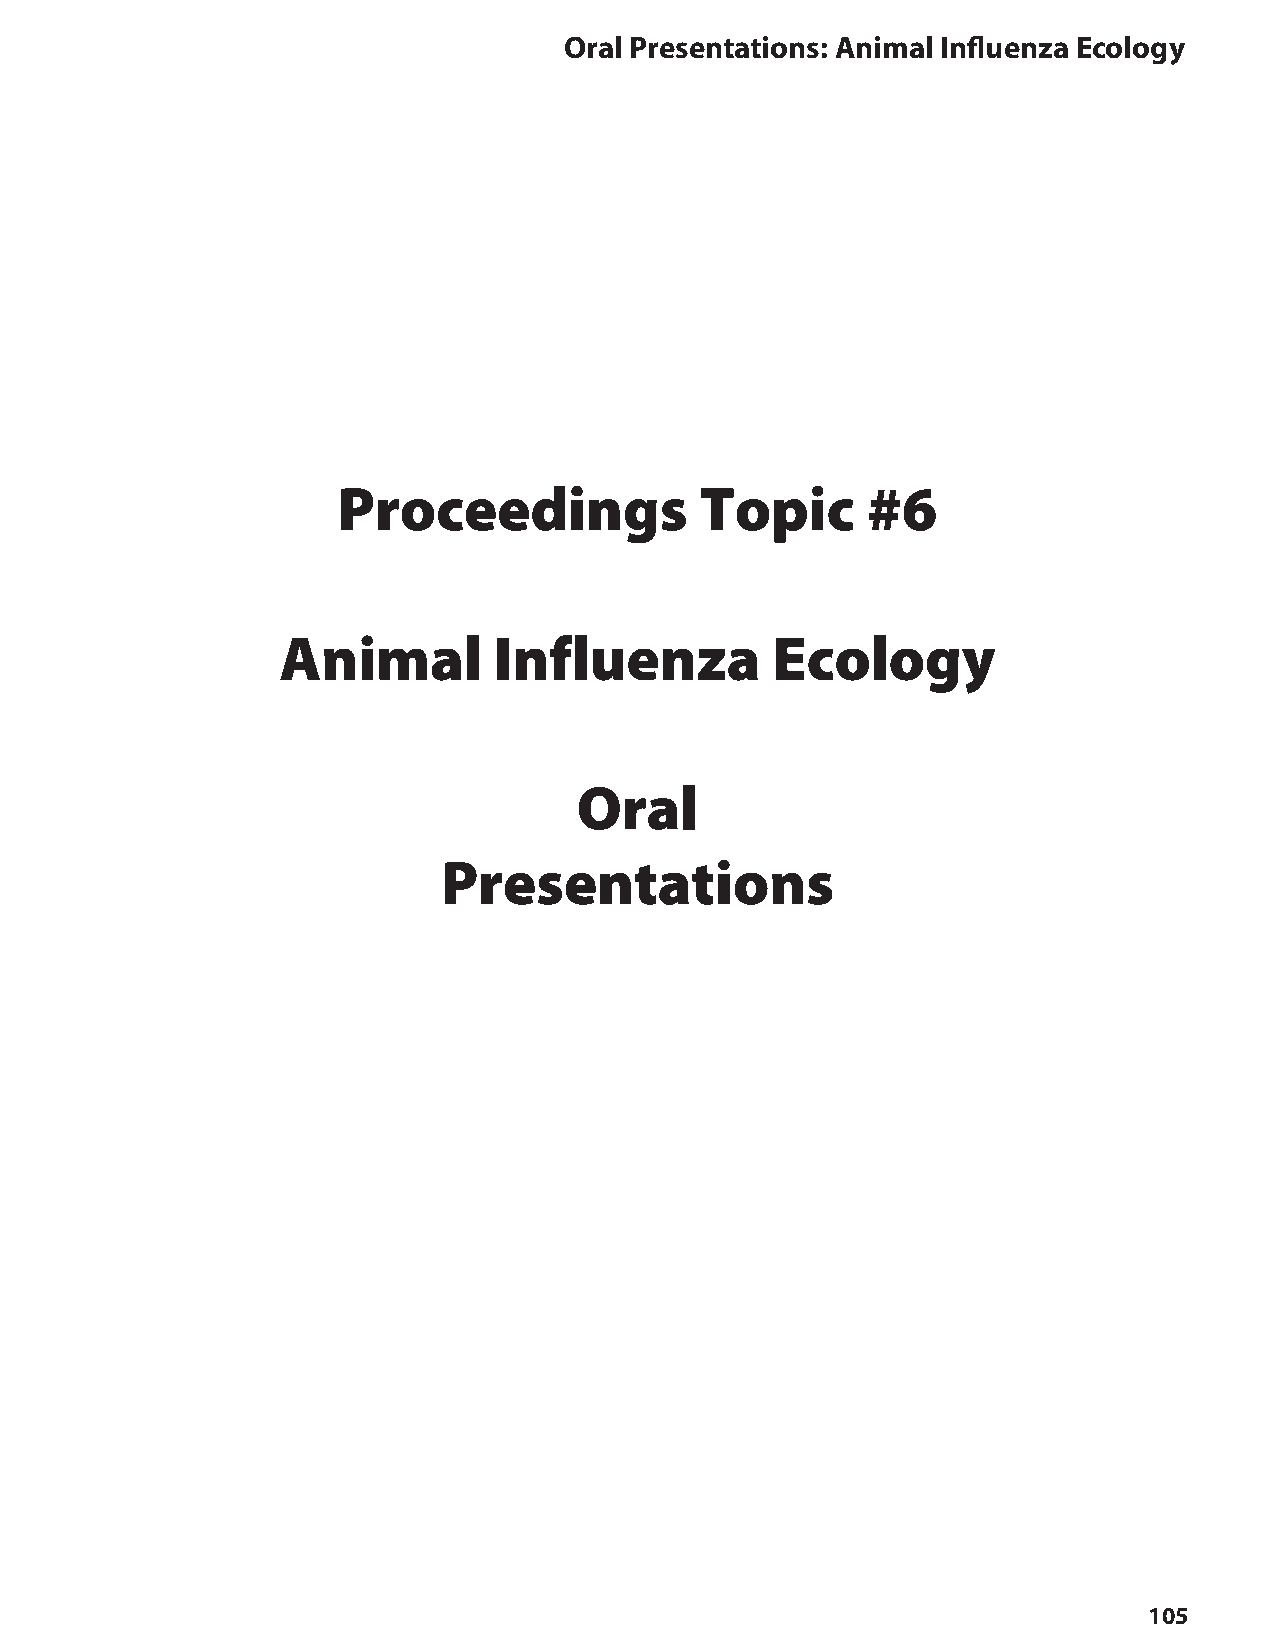
oral Presentations: Animal Influenza ecology
 Proceedings             Topic      #6
 Animal         Influenza         Ecology
 Oral
 Presentations
 105